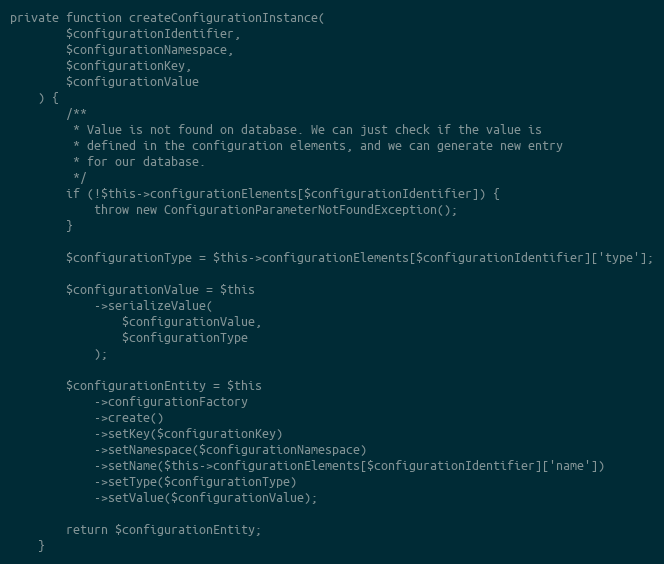
Language: PHP
private function createConfigurationInstance(
        $configurationIdentifier,
        $configurationNamespace,
        $configurationKey,
        $configurationValue
    ) {
        /**
         * Value is not found on database. We can just check if the value is
         * defined in the configuration elements, and we can generate new entry
         * for our database.
         */
        if (!$this->configurationElements[$configurationIdentifier]) {
            throw new ConfigurationParameterNotFoundException();
        }

        $configurationType = $this->configurationElements[$configurationIdentifier]['type'];

        $configurationValue = $this
            ->serializeValue(
                $configurationValue,
                $configurationType
            );

        $configurationEntity = $this
            ->configurationFactory
            ->create()
            ->setKey($configurationKey)
            ->setNamespace($configurationNamespace)
            ->setName($this->configurationElements[$configurationIdentifier]['name'])
            ->setType($configurationType)
            ->setValue($configurationValue);

        return $configurationEntity;
    }